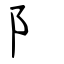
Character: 阝